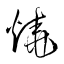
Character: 燒